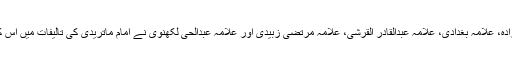
علامہ طاش کبری زادہؒ، علامہ بغدادیؒ، علامہ عبدالقادر القرشیؒ، علامہ مرتضیٰ زبیدیؒ اور علامہ عبدالحی لکھنویؒ نے امام ماتریدیؒ کی تالیفات میں اس کتاب کا ذکر کیا ہے۔